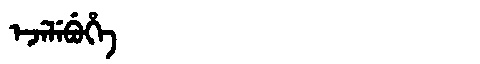
Manchu: ᡝᠵᡝᠯᡝᠪᡠᡥᡝ
Romanization: EJELEBUHE